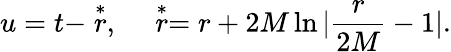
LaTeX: u=t-\stackrel{*}{r},~~~~\stackrel{*}{r}=r+2M\ln|\frac{r}{2M}-1|.